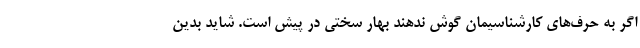
اگر به حرف‌های کارشناسیمان گوش ندهند بهار سختی در پیش است. شاید بدین